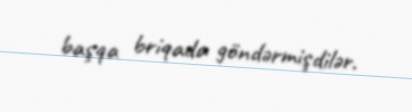
başqa briqada göndərmişdilər.